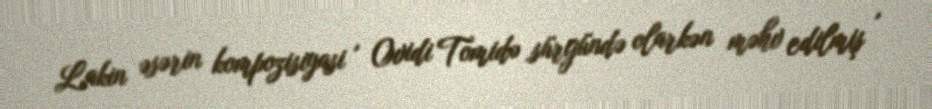
Lakin əsərin kompozisiyasi , Ovidi Tomidə sürgündə olarkən məhv edilmiş ,